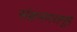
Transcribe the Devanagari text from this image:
संक्रमणसमूह